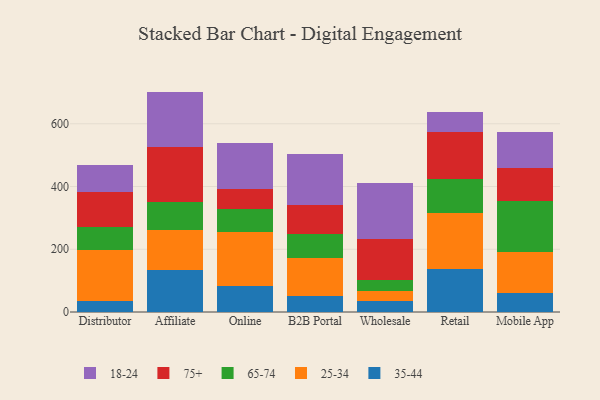
{"axis": {"x": "Channel", "y": "Production Output"}, "legend": ["18-24", "25-34", "35-44", "65-74", "75+"], "data": [{"x": "Distributor", "y": 36.5, "type": "35-44"}, {"x": "Distributor", "y": 159.6, "type": "25-34"}, {"x": "Distributor", "y": 76.2, "type": "65-74"}, {"x": "Distributor", "y": 109.4, "type": "75+"}, {"x": "Distributor", "y": 88.5, "type": "18-24"}, {"x": "Affiliate", "y": 134.2, "type": "35-44"}, {"x": "Affiliate", "y": 127.0, "type": "25-34"}, {"x": "Affiliate", "y": 89.6, "type": "65-74"}, {"x": "Affiliate", "y": 176.4, "type": "75+"}, {"x": "Affiliate", "y": 175.4, "type": "18-24"}, {"x": "Online", "y": 81.4, "type": "35-44"}, {"x": "Online", "y": 174.7, "type": "25-34"}, {"x": "Online", "y": 73.0, "type": "65-74"}, {"x": "Online", "y": 61.9, "type": "75+"}, {"x": "Online", "y": 146.7, "type": "18-24"}, {"x": "B2B Portal", "y": 49.8, "type": "35-44"}, {"x": "B2B Portal", "y": 121.1, "type": "25-34"}, {"x": "B2B Portal", "y": 76.8, "type": "65-74"}, {"x": "B2B Portal", "y": 94.2, "type": "75+"}, {"x": "B2B Portal", "y": 162.7, "type": "18-24"}, {"x": "Wholesale", "y": 34.2, "type": "35-44"}, {"x": "Wholesale", "y": 32.6, "type": "25-34"}, {"x": "Wholesale", "y": 34.2, "type": "65-74"}, {"x": "Wholesale", "y": 131.1, "type": "75+"}, {"x": "Wholesale", "y": 179.3, "type": "18-24"}, {"x": "Retail", "y": 135.9, "type": "35-44"}, {"x": "Retail", "y": 179.1, "type": "25-34"}, {"x": "Retail", "y": 108.6, "type": "65-74"}, {"x": "Retail", "y": 151.1, "type": "75+"}, {"x": "Retail", "y": 64.2, "type": "18-24"}, {"x": "Mobile App", "y": 60.3, "type": "35-44"}, {"x": "Mobile App", "y": 130.0, "type": "25-34"}, {"x": "Mobile App", "y": 163.4, "type": "65-74"}, {"x": "Mobile App", "y": 103.8, "type": "75+"}, {"x": "Mobile App", "y": 115.5, "type": "18-24"}]}